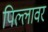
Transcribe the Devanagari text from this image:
पिल्लावर